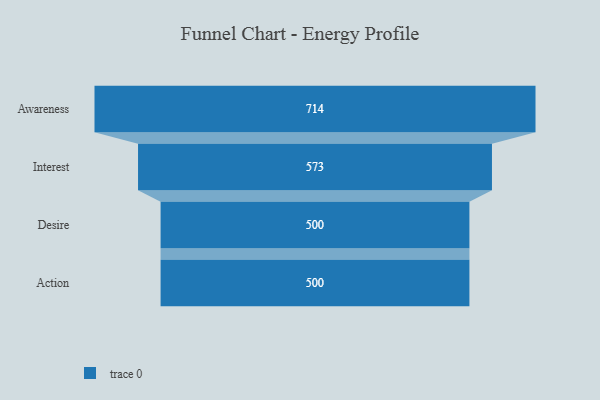
{"axis": {"x": "Stage", "y": "Value"}, "legend": [""], "data": [{"x": "Awareness", "y": 714.0, "type": ""}, {"x": "Interest", "y": 573.0, "type": ""}, {"x": "Desire", "y": 500, "type": ""}, {"x": "Action", "y": 500, "type": ""}]}